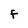
Character: F